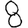
Digit: 8